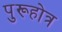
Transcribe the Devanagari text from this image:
पुरूहोत्र